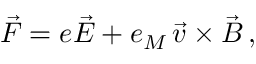
\vec { F } = e \vec { E } + e _ { M } \, \vec { v } \times \vec { B } \, ,